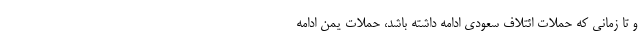
و تا زمانی که حملات ائتلاف سعودی ادامه داشته باشد، حملات یمن ادامه